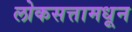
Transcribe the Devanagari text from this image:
लोकसत्तामधून